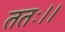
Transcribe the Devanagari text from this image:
ततः।।